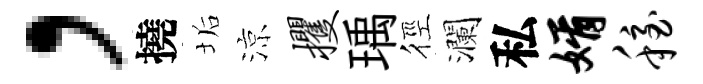
，撓垢涼攫瑀徑瀾私婿稳